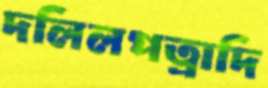
দলিলপত্রাদি